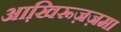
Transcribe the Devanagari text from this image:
आखि़रूज़ज़मा